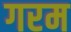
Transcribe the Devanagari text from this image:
गरम